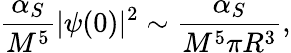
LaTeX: {\frac{\alpha_{S}}{M^{5}}}|\psi(0)|^{2}\sim{\frac{\alpha_{S}}{M^{5}\pi R^{3}}},